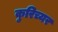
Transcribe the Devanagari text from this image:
कुरिच्यर